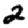
Digit: 2